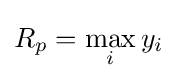
R_{p}=\max _{i}y_{i}